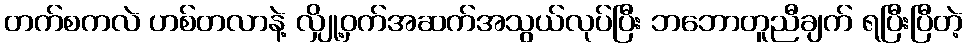
တက်စကလဲ ဟစ်တလာနဲ့ လျှို့ဝှက်အဆက်အသွယ်လုပ်ပြီး ဘဘောတူညီချက် ရပြီးပြီတဲ့